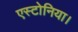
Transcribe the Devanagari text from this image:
एस्टोनिया।